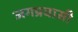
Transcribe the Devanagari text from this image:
जगप्रवासी